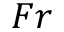
F r